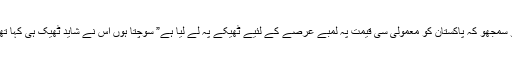
یو سمجھو کہ پاکستان کو معمولی سی قیمت پہ لمبے عرصے کے لئیے ٹھیکے پہ لے لیا ہے” سوچتا ہوں اس نے شاید ٹھیک ہی کہا تھا۔